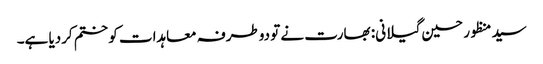
سید منظور حسین گیلانی: بھارت نے تو دوطرفہ معاہدات کو ختم کردیا ہے۔